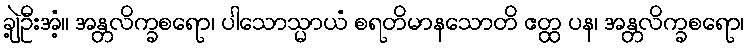
ချဲ့ဦးအံ့။ အန္တလိက္ခစရော၊ ပါသောသ္မာယံ စရတိမာနသောတိ ဧတ္ထ ပန၊ အန္တလိက္ခစရော၊